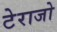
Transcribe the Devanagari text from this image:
टेराजो